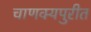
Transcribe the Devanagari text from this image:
चाणक्यपुरीत